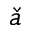
\check { a }